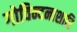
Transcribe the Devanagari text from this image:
गोविन्दनाशारि